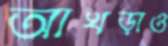
আখড়াও